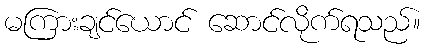
မကြားချင်ယောင် ဆောင်လိုက်ရသည်။